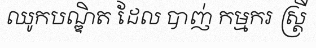
ឈូកបណ្ឌិត ដែល បាញ់ កម្មករ ស្ត្រី